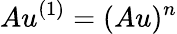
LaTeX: Au^{(1)}=(Au)^{n}